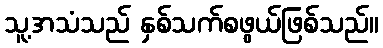
သူ့အသံသည် နှစ်သက်စဖွယ်ဖြစ်သည်။